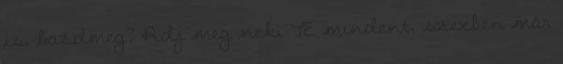
is, bazdmeg? Adj meg neki TE mindent, szexben már